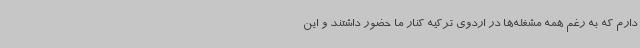
دارم که به رغم همه مشغله‌ها در اردوی ترکیه کنار ما حضور داشتند و این